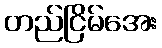
တည်ငြိမ်အေး